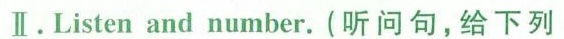
Ⅱ.Listen and number. (听问句，给下列